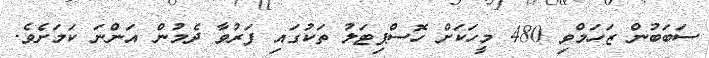
ސަބަބުން ޒަހަމްވި 480 މީހަކަށް ހޮސްޕިޓަލު ތަކުގައި ފަރުވާ ދެމުން އަންނަ ކަމަށެވެ.